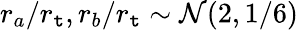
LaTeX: r_{a}/r_{\mathtt{t}},r_{b}/r_{\mathtt{t}}\sim\mathcal{{N}}(2,1/6)